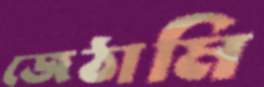
জেঠামি